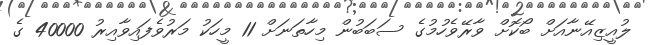
ލުއީޒިއޭނާއަށް ބޯކޮށް ވާރޭވެހުމުގެ ސަބަބުން މިހާތަނަށް 11 މީހަކު މަރުވެފައިވާއިރު 40000 ގެ